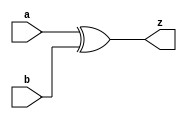
module la_xor2 #(
    parameter PROP = "DEFAULT"
) (
    input  a,
    input  b,
    output z
);

    assign z = a ^ b;

endmodule